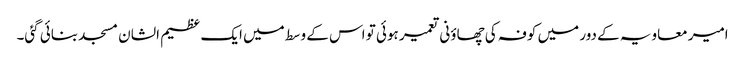
امیر معاویہ کے دور میں کوفہ کی چھاؤنی تعمیر ہوئی تو اس کے وسط میں ایک عظیم الشان مسجد بنائی گئی۔